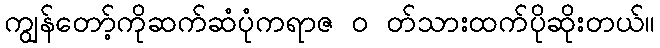
ကျွန်တော့်ကိုဆက်ဆံပုံကရာဇ ၀ တ်သားထက်ပိုဆိုးတယ်။